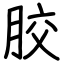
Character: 胶